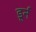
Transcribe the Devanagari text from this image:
डूर्न